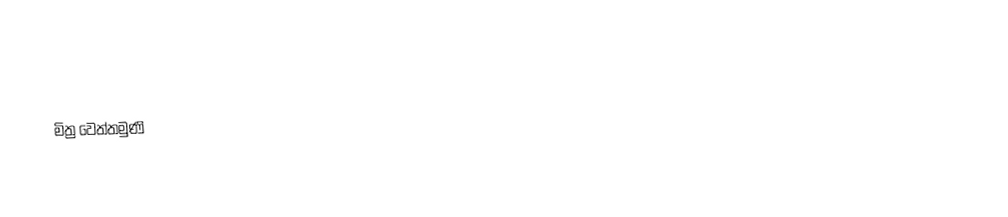
මිත්‍ර වෙත්තමුණි